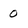
Character: 0